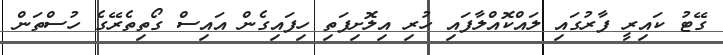
ގޭޓު ކައިރީ ފާރުގައި ލައްކޮއްލާފައި ހުރި އިލޮށިފަތި ހިފައިގެން އައިސް ގޯތިތެރޭގެ ހުސްތަން